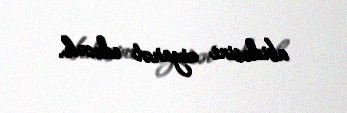
abidəsini ziyarət edəcək.